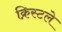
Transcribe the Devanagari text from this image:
क्रिस्टले